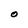
Character: O